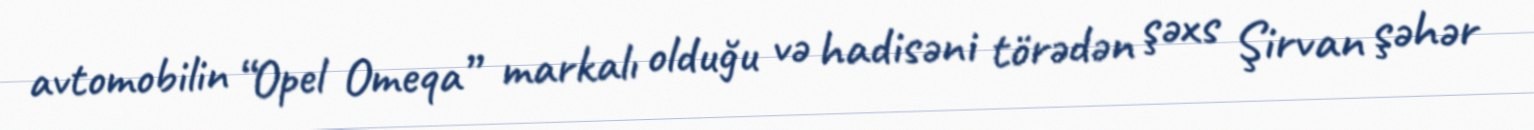
avtomobilin “Opel Omeqa” markalı olduğu və hadisəni törədən şəxs Şirvan şəhər